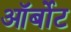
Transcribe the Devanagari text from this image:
ऑर्बोट